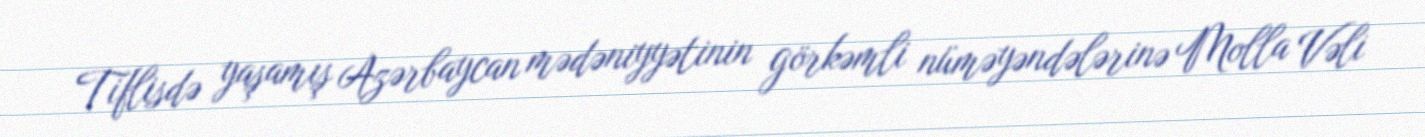
Tiflisdə yaşamış Azərbaycan mədəniyyətinin görkəmli nüməyəndələrinə Molla Vəli